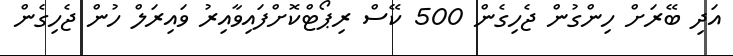
އަދި ބޭރަށް ހިންގުން ޖެހިގެން 500 ކޭސް ރިޕޯޓްކޮށްފައިވާއިރު ވައިރަލް ހުން ޖެހިގެން